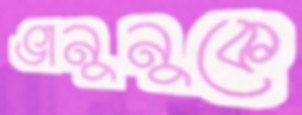
ভানুনুকে